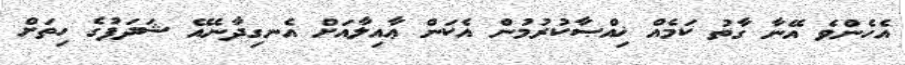
އެހެންވެ އޭނާ ގާތު ކަމެއް ޚިއްޞާކުރުމުން އެކަން ޢާއިލާއަށް އެނގިދާނެއޭ ޝަދަފުގެ ހިތަށް